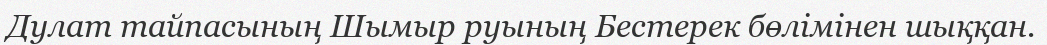
Дулат тайпасының Шымыр руының Бестерек бөлімінен шыққан.